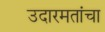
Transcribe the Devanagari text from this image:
उदारमतांचा